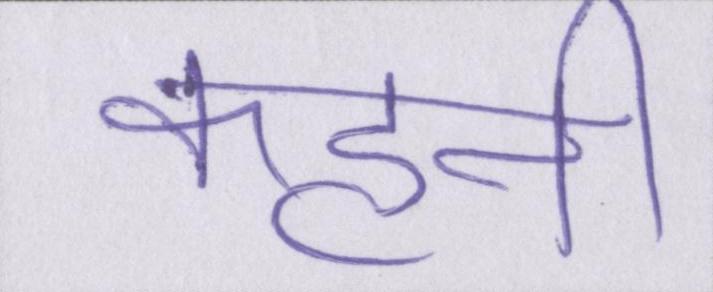
कहनी